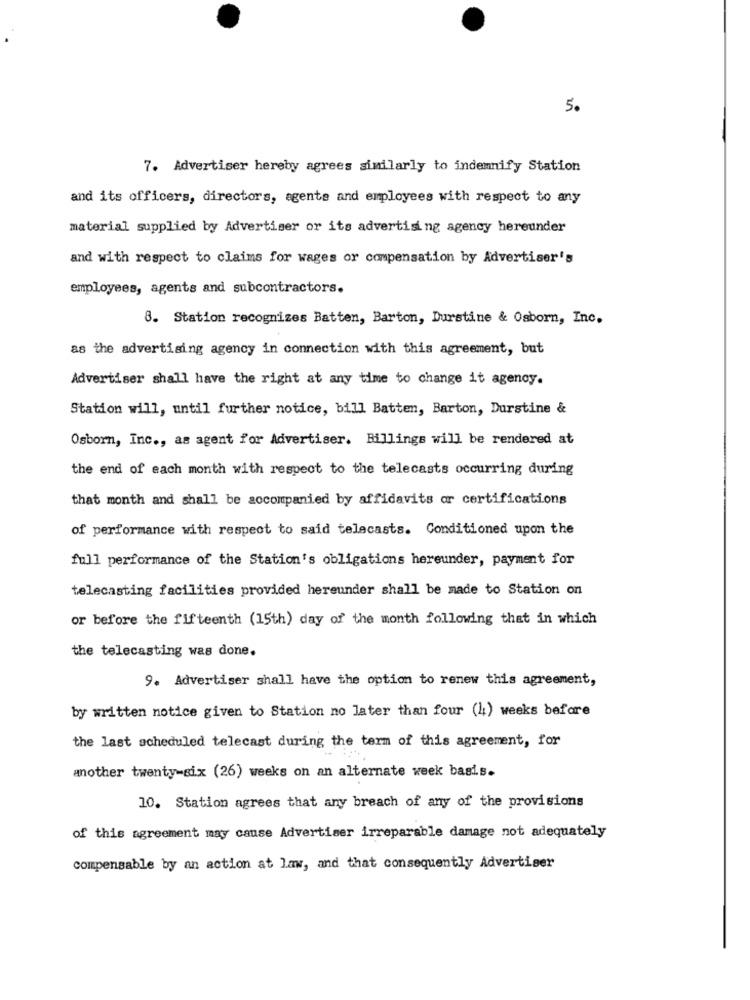
5.
7. Advertiser hereby agrees similarly to indemnify Station
and its officers, directors, agents and employees with respect to any
material supplied by Advertiser or its advertising agency hereunder
and with respect to claims for wages or compensation by Advertiser's
employees, agents and subcontractors.
8. Station recognizes Batten, Barton, Durstine & Osborn, Inc.
as the advertising agency in connection with this agreement, but
Advertiser shall have the right at any time to change it agency.
Station will, until further notice, bill Batten, Barton, Durstine &
Osborn, Inc ., as agent for Advertiser. Billings will be rendered at
the end of each month with respect to the telecasts occurring during
that month and shall be accompanied by affidavits or certifications
of performance with respect to said telecasts. Conditioned upon the
full performance of the Station's obligations hereunder, payment for
telecasting facilities provided hereunder shall be made to Station on
or before the fifteenth (15th) day of the month following that in which
the telecasting was done.
9. Advertiser shall have the option to renew this agreement,
by written notice given to Station no later than four (h) weeks before
the last scheduled telecast during the term of this agreement, for
another twenty-six (26) weeks on an alternate week basis.
10. Station agrees that any breach of any of the provisions
of this agreement may cause Advertiser irreparable damage not adequately
compensable by an action at law, and that consequently Advertiser